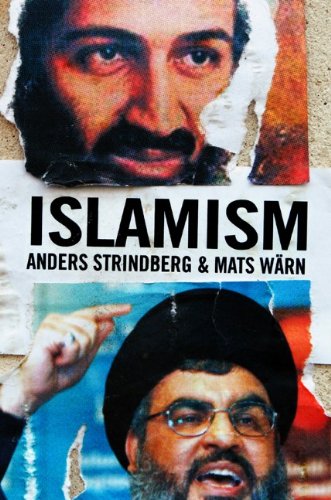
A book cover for Islamism; Anders Strindberg; Religion & Spirituality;